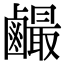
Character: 䴝